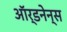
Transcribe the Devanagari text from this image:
ऑर्डनेन्स